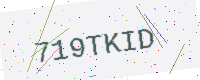
Text: 719TKID